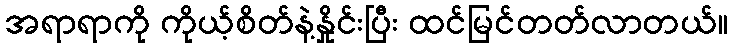
အရာရာကို ကိုယ့်စိတ်နဲ့နှိုင်းပြီး ထင်မြင်တတ်လာတယ်။